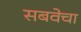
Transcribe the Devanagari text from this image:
सबवेचा